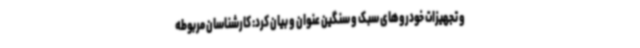
و تجهیزات خودروهای سبک و سنگین عنوان و بیان کرد: کارشناسان مربوطه